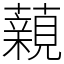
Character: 藽